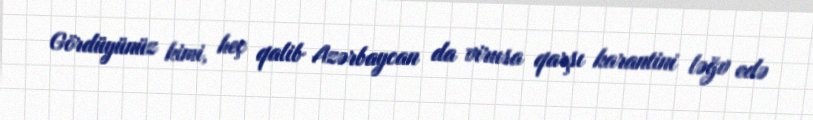
Gördüyünüz kimi, heç qalib Azərbaycan da virusa qarşı karantini ləğv edə